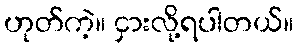
ဟုတ်ကဲ့။ ငှားလို့ရပါတယ်။